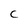
Character: C